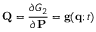
\mathbf { Q } = { \frac { \partial G _ { 2 } } { \partial \mathbf { P } } } = \mathbf { g } ( \mathbf { q } ; t )